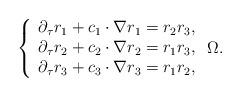
LaTeX: \begin{align*}\left\lbrace \begin{array}{cc}\partial_{\tau} r_1 +c_1\cdot\nabla r_1 = r_2r_3, \\\partial_{\tau} r_2 +c_2\cdot\nabla r_2 = r_1r_3, \\\partial_{\tau} r_3 +c_3\cdot\nabla r_3 = r_1r_2,\end{array}\right. \Omega.\end{align*}